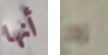
أنها إذا